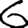
Digit: 6